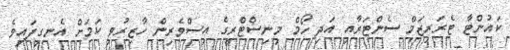
ކައުންޓާ ޓެރަރިޒަމް ސެންޓަރާއި އަދި ހޯމް މިނިސްޓްރީގެ އިސްވެރިން ހާޒިރުވި ކަމަށް އެނގިފައިވެ